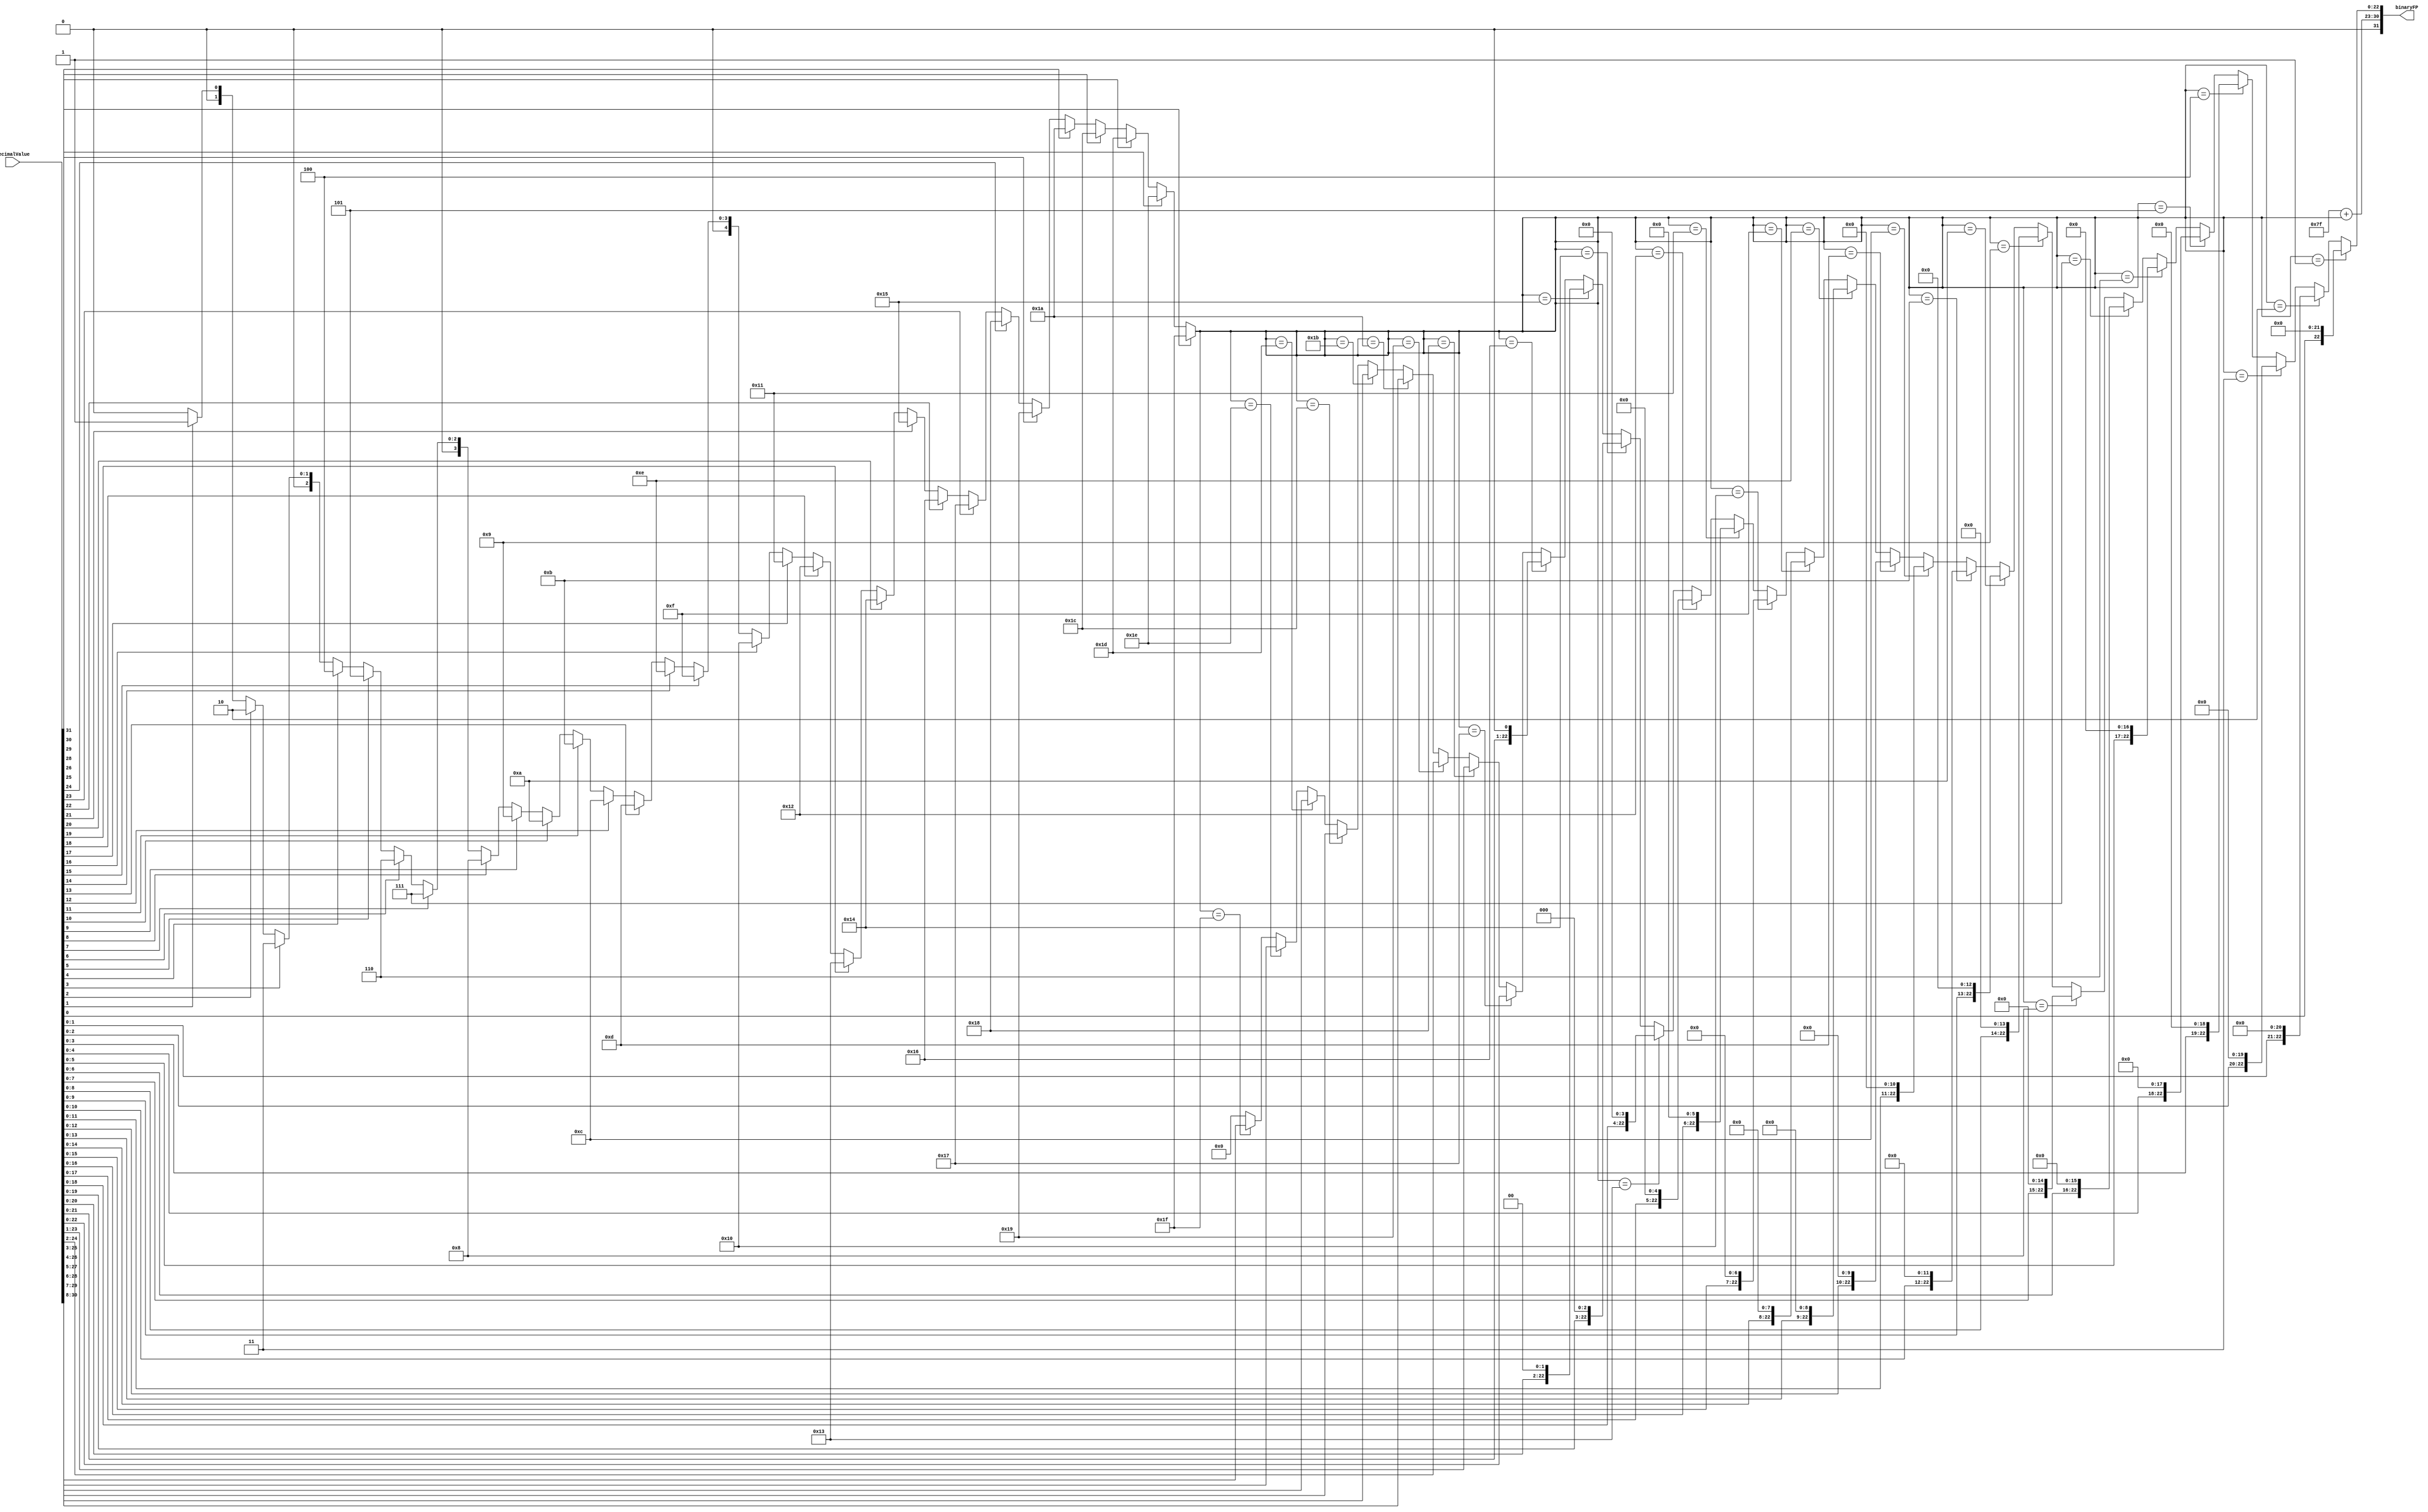
`timescale 1ns / 1ps
//////////////////////////////////////////////////////////////////////////////////
// Company: 
// Engineer: 
// 
// Design Name: 
// Module Name:    Converter 
// Project Name: 
// Target Devices: 
// Tool versions: 
// Description: 
//
// Dependencies: 
//
// Revision: 
// Revision 0.01 - File Created
// Additional Comments: 
//
//////////////////////////////////////////////////////////////////////////////////
module Converter(decimalValue, binaryFP);
input [31:0]decimalValue;
output wire[31:0]binaryFP;

//reg [31:0]decimal ;
wire [22:0]Mantissa;


//reg [31:0]check;
wire [7:0]exp;

wire [31:0]i;

assign i=   (decimalValue[31]) ? 31 :
				(decimalValue[30]) ? 30 :
				(decimalValue[29]) ? 29 :
				(decimalValue[28]) ? 28 :
				(decimalValue[26]) ? 26 :
				(decimalValue[25]) ? 25 :
				(decimalValue[24]) ? 24 :
				(decimalValue[23]) ? 23 :
				(decimalValue[22]) ? 22 :
				(decimalValue[21]) ? 21 :
				(decimalValue[20]) ? 20 :
				(decimalValue[19]) ? 19 :
				(decimalValue[18]) ? 18 :
				(decimalValue[17]) ? 17 :
				(decimalValue[16]) ? 16 :
				(decimalValue[15]) ? 15 :
				(decimalValue[14]) ? 14 :
				(decimalValue[13]) ? 13 :
				(decimalValue[12]) ? 12 :
				(decimalValue[11]) ? 11 :
				(decimalValue[10]) ? 10 :
				(decimalValue[9]) ? 9 :
				(decimalValue[8]) ? 8 :
				(decimalValue[7]) ? 7 :
				(decimalValue[6]) ? 6 :
				(decimalValue[5]) ? 5 :
				(decimalValue[4]) ? 4 :
				(decimalValue[3]) ? 3 :
				(decimalValue[2]) ? 2 :
				(decimalValue[1]) ? 1 :
				0;
				
				
assign Mantissa = (i == 1) ? {decimalValue[0]  ,22'b0} :
					   (i == 2) ? {decimalValue[1:0],21'b0} : 
						(i == 3) ? {decimalValue[2:0],20'b0} : 
						(i == 4) ? {decimalValue[3:0],19'b0} : 
						(i == 5) ? {decimalValue[4:0],18'b0} : 
						(i == 6) ? {decimalValue[5:0],17'b0} : 
						(i == 7) ? {decimalValue[6:0],16'b0} : 
						(i == 8) ? {decimalValue[7:0],15'b0} : 
						(i == 9) ? {decimalValue[8:0],14'b0} : 
						(i == 10) ? {decimalValue[9:0],13'b0} : 
						(i == 11) ? {decimalValue[10:0],12'b0} : 
						(i == 12) ? {decimalValue[11:0],11'b0} : 
						(i == 13) ? {decimalValue[12:0],10'b0} : 
						(i == 14) ? {decimalValue[13:0],9'b0} : 
						(i == 15) ? {decimalValue[14:0],8'b0} : 
						(i == 16) ? {decimalValue[15:0],7'b0} : 
						(i == 17) ? {decimalValue[16:0],6'b0} : 
						(i == 18) ? {decimalValue[17:0],5'b0} : 
						(i == 19) ? {decimalValue[18:0],4'b0} : 
						(i == 20) ? {decimalValue[19:0],3'b0} : 
						(i == 21) ? {decimalValue[20:0],2'b0} : 
						(i == 22) ? {decimalValue[21:0],1'b0} : 
						(i == 23) ? {decimalValue[22:0]} : 
						(i == 24) ? {decimalValue[23:1]} : 
						(i == 25) ? {decimalValue[24:2]} : 
						(i == 26) ? {decimalValue[25:3]} : 
						(i == 27) ? {decimalValue[26:4]} : 
						(i == 28) ? {decimalValue[27:5]} : 
						(i == 29) ? {decimalValue[28:6]} : 
						(i == 30) ? {decimalValue[29:7]} : 
						(i == 31) ? {decimalValue[30:8]} : 
						 23'b0;
						
assign exp = 8'b01111111 + i[7:0];	// Add into bias	127				

assign binaryFP = {1'b0, exp, Mantissa}; // 1 bit sign - 8 bit exponent - 23 bit mantissa
endmodule